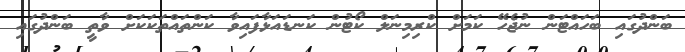
ބަންދުގައި ބަހައްޓަން ނުޖެހޭ ކަމަށް ކްރިމިނަލް ކޯޓުން ކަނޑައަޅާފައިވާ ކަންތައްތަކަކަށް ވާތީ ބަންދުގައި